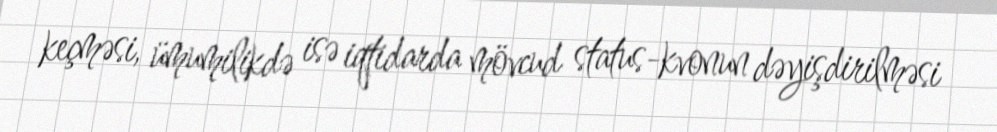
keçməsi, ümumilikdə isə iqtidarda mövcud status-kvonun dəyişdirilməsi